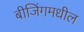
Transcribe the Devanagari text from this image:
बीजिंगमधील